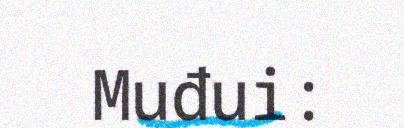
Muđui: